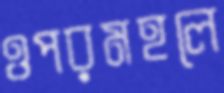
ওপরমহলে